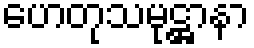
ဟေတုသမုဋ္ဌာနာ